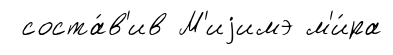
соста́в'ив М'иjимэ м'и́ра